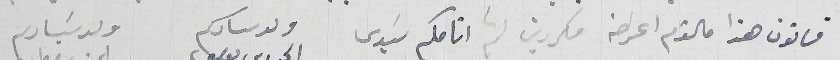
قانون هذا ما لقدم اعراضه مكررين لثم أنامكم سَيدي                                                  ولد سىادكم                              ولد سَيادكم